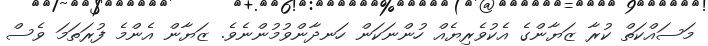
މަސައްކަތް ކުރާ ޒަޔާންގެ އެކުވެރިޔެއް ހުންނަކަން ހަނދާންވުމުންނެވެ. ޒަޔާން އެންމެ ފުރަތަމަ ވެސް